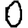
Digit: 0